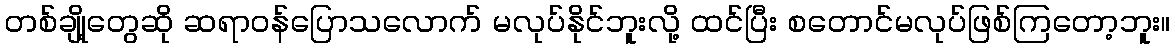
တစ်ချို့တွေဆို ဆရာဝန်ပြောသလောက် မလုပ်နိုင်ဘူးလို့ ထင်ပြီး စတောင်မလုပ်ဖြစ်ကြတော့ဘူး။